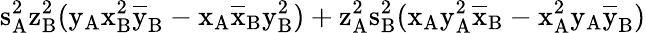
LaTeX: \mathrm{s_{A}^{2}\mathrm{z_{B}^{2}(\mathrm{y_{A}\mathrm{x_{B}^{2}\mathrm{\overline{{y}}_{B}-\mathrm{x_{A}\mathrm{\overline{{x}}_{B}\mathrm{y_{B}^{2})+\mathrm{z_{A}^{2}\mathrm{s_{B}^{2}(\mathrm{x_{A}\mathrm{y_{A}^{2}\mathrm{\overline{{x}}_{B}-\mathrm{x_{A}^{2}\mathrm{y_{A}\mathrm{\overline{{y}}_{B})}}}}}}}}}}}}}}}}